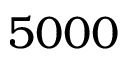
5 0 0 0